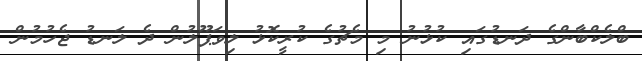
ބްލެކްބާންގެ ދަނޑުގައި ކުޅުނު މި މެޗުގެ ކުރީކޮޅު ލިވަޕޫލުން ދެ ލަނޑު ޖެހުމުން